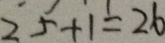
2 5 + 1 = 2 6